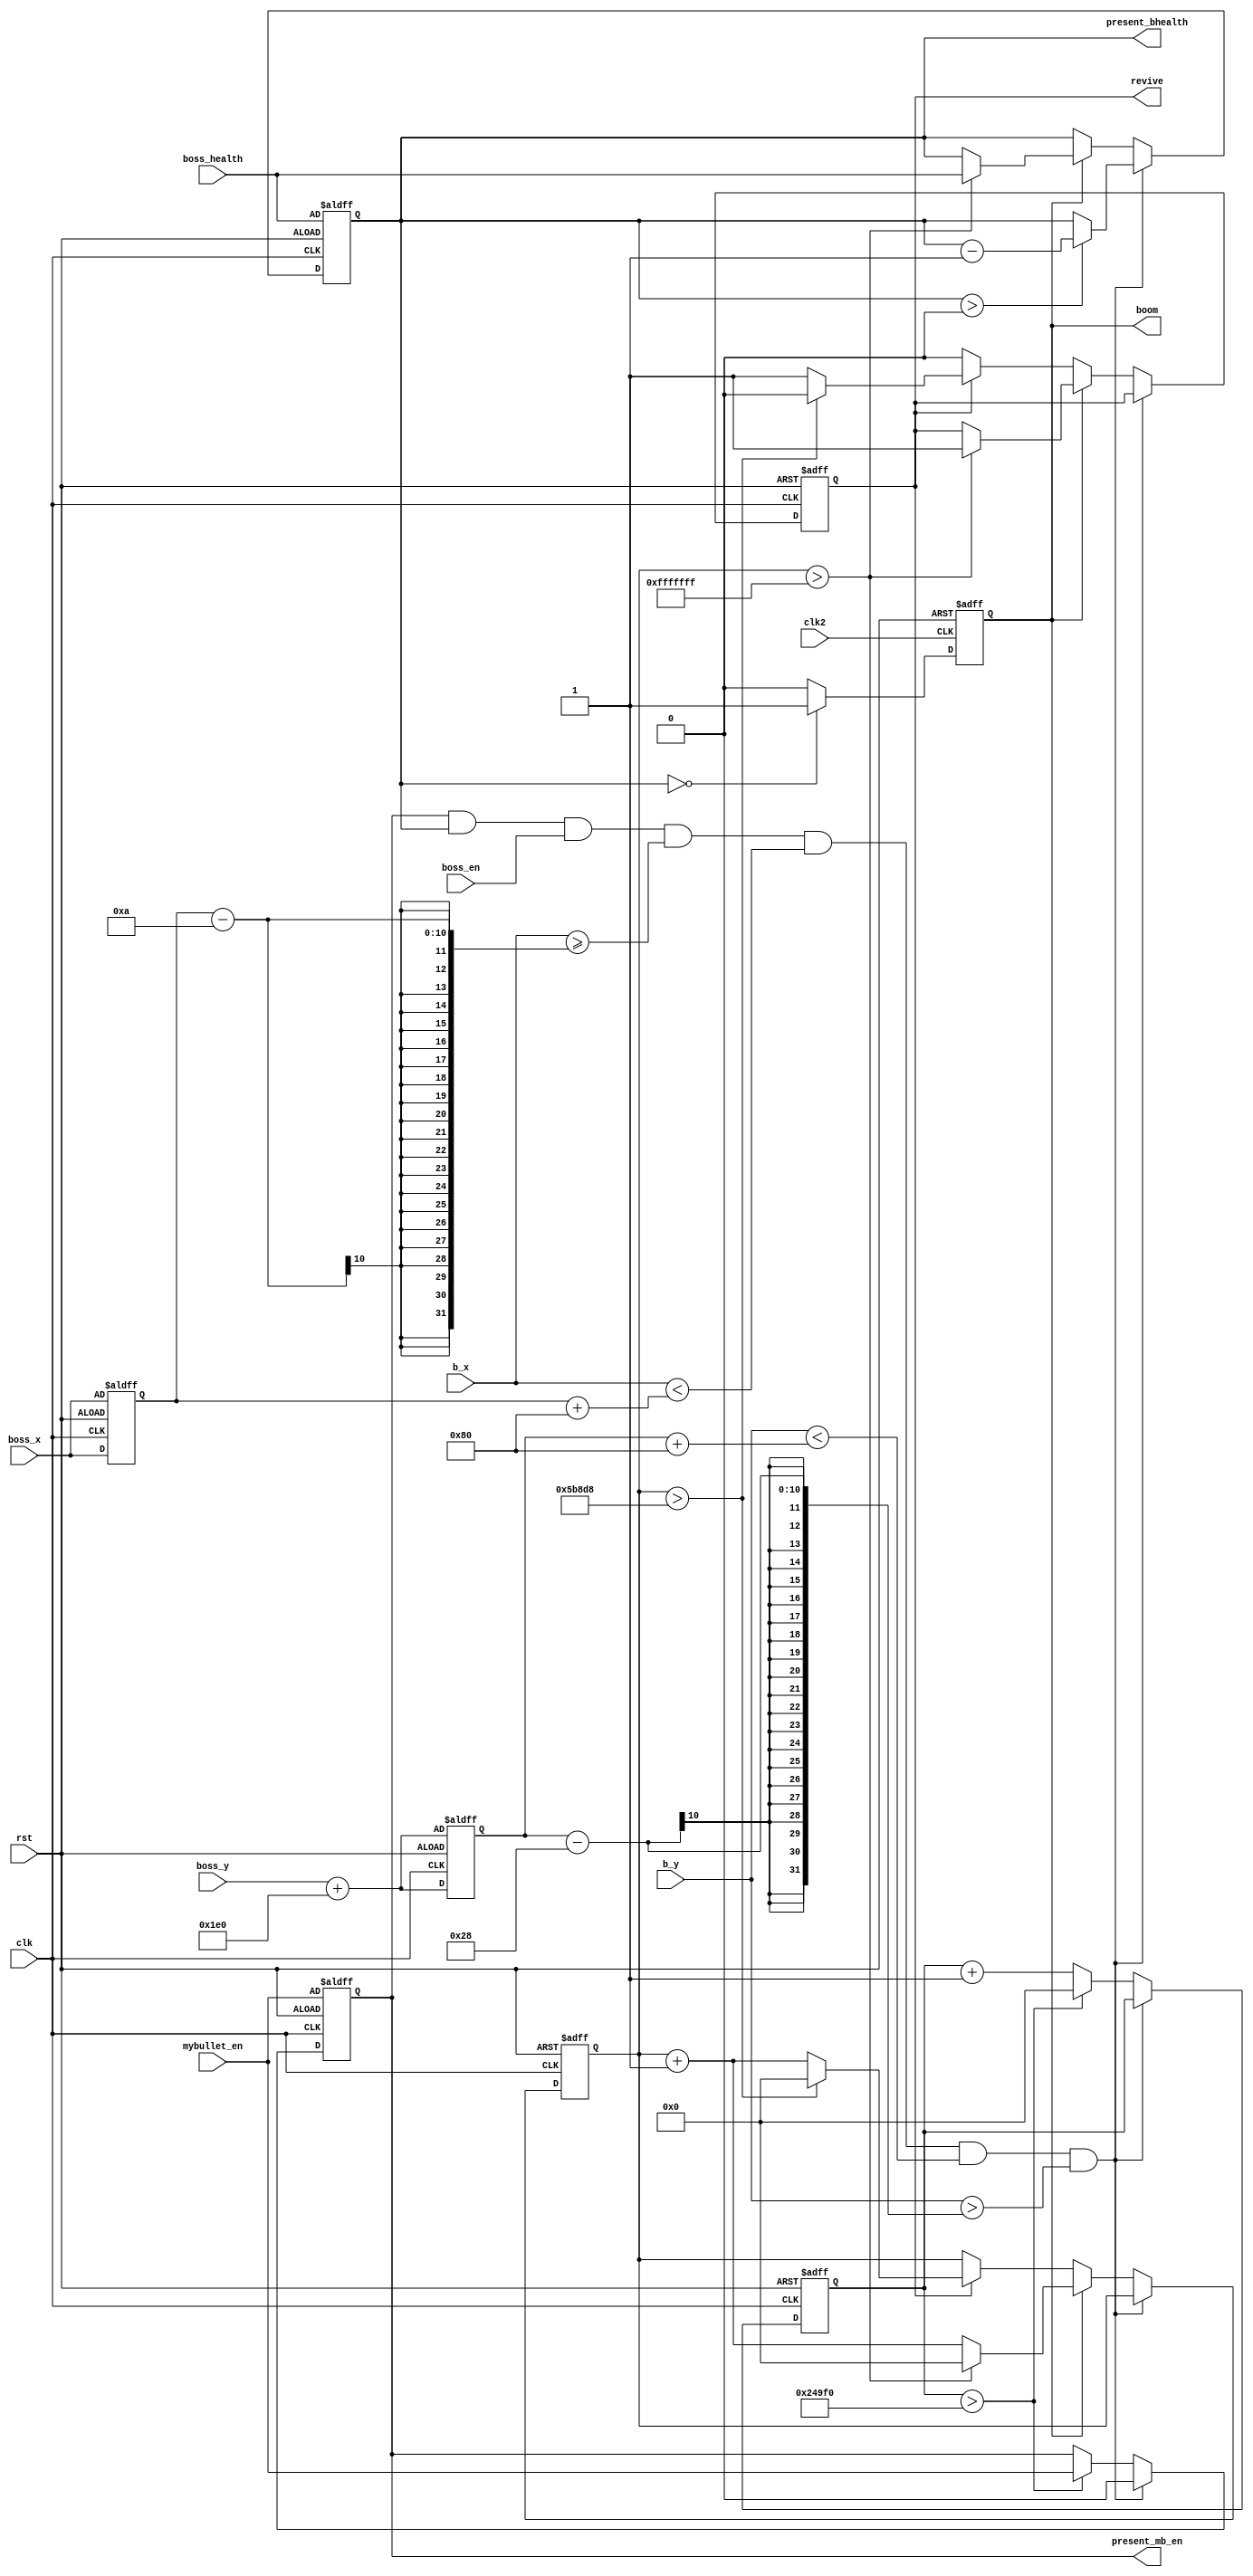
module Boss_Boom_Judge (
    input clk, rst,
    input clk2,
    input [9:0] boss_x, boss_y,
    input [9:0] b_x, b_y,
    input mybullet_en,  //1 for my bullet exist
    input boss_en,  //1 for boss plane exist
    input [3:0] boss_health,
    output reg revive,
    output reg present_mb_en,  //1 for my bullet still exist
    output reg boom,  //1 for enemy plane boom
    output reg [3:0] present_bhealth
);

    reg [9:0] fake_boss_x;
    reg [9:0] fake_boss_y;
    reg [31:0] collide_count;
    reg [31:0] reset_count;

    always@(posedge clk or posedge rst) begin
         if(rst) begin
            revive <= 1'b0;
            present_bhealth <= boss_health;
            fake_boss_x <= boss_x;
            fake_boss_y <= boss_y + 480;
            present_mb_en <= mybullet_en;
            collide_count <= 32'b0;
            reset_count <= 32'b0;
        end
        else begin 
            fake_boss_x <= boss_x;
            fake_boss_y <= boss_y + 480;
            if(present_mb_en && present_bhealth && boss_en && b_x >= fake_boss_x - 10 && b_x < fake_boss_x + 128 && b_y < fake_boss_y + 128 && b_y > fake_boss_y - 40) begin
                present_mb_en <= 1'b0;
                if(present_bhealth > 4'b0) begin
                    present_bhealth <= present_bhealth - 1;
                end
            end else begin
                present_bhealth <= present_bhealth;
                collide_count <= collide_count + 1;
                if(collide_count > 15_000_0) begin
                    present_mb_en <= mybullet_en;
                    collide_count <= 32'b0;
                end
                if(boom) begin
                    reset_count <= reset_count + 1;
                    if(reset_count > 32'h0FFFFFFF) begin
                        present_bhealth <= boss_health;
                        revive <= 1'b1;
                        reset_count <= 32'b0;
                    end
                end
                else if(revive) begin
                    reset_count <= reset_count + 1;
                    if(reset_count > 375000) begin
                        revive <= 1'b0;
                        reset_count <= 32'b0;
                    end
                end
            end
        end
    end 

    always@(posedge clk2 or posedge rst) begin
        if(rst) begin
            boom <= 1'b0;
        end
        else if(present_bhealth == 4'b0) begin
            boom <= 1'b1;
        end 
        else begin
            boom <= 1'b0;
        end
    end

endmodule